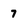
Character: 7